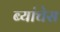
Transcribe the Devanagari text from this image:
ब्यांचेस